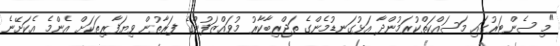
"މި ސެންޓަރުގައި މަސައްކަތްކުރަމުންދާ އަޅުގަނޑުމެންގެ ތަޖްރިބާކާރު މުވައްޒަފުންގެ ފަރާތުން ވިޔަފާރިތަކަށް އެންމެ އެކަށޭނެ